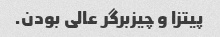
پیتزا و چیزبرگر عالی بودن.